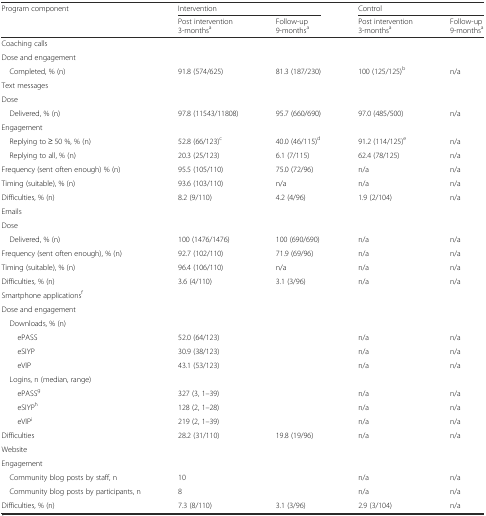
<table><thead><tr><td><b>Program component</b></td><td colspan="2"><b>Intervention</b></td><td colspan="2"><b>Control</b></td></tr><tr><td></td><td><b>Post intervention 3-months<sup>a</sup></b></td><td><b>Follow-up 9-months<sup>a</sup></b></td><td><b>Post intervention 3-months<sup>a</sup></b></td><td><b>Follow-up 9-months<sup>a</sup></b></td></tr></thead><tbody><tr><td colspan="5">Coaching calls</td></tr><tr><td colspan="5">Dose and engagement</td></tr><tr><td> Completed, % (n)</td><td>91.8 (574/625)</td><td>81.3 (187/230)</td><td>100 (125/125)<sup>b</sup></td><td>n/a</td></tr><tr><td colspan="5">Text messages</td></tr><tr><td colspan="5">Dose</td></tr><tr><td> Delivered, % (n)</td><td>97.8 (11543/11808)</td><td>95.7 (660/690)</td><td>97.0 (485/500)</td><td>n/a</td></tr><tr><td colspan="5">Engagement</td></tr><tr><td> Replying to ≥ 50 %, % (n)</td><td>52.8 (66/123)<sup>c</sup></td><td>40.0 (46/115)<sup>d</sup></td><td>91.2 (114/125)<sup>e</sup></td><td>n/a</td></tr><tr><td> Replying to all, % (n)</td><td>20.3 (25/123)</td><td>6.1 (7/115)</td><td>62.4 (78/125)</td><td>n/a</td></tr><tr><td>Frequency (sent often enough) % (n)</td><td>95.5 (105/110)</td><td>75.0 (72/96)</td><td>n/a</td><td>n/a</td></tr><tr><td>Timing (suitable), % (n)</td><td>93.6 (103/110)</td><td>n/a</td><td>n/a</td><td>n/a</td></tr><tr><td>Difficulties, % (n)</td><td>8.2 (9/110)</td><td>4.2 (4/96)</td><td>1.9 (2/104)</td><td>n/a</td></tr><tr><td colspan="5">Emails</td></tr><tr><td colspan="5">Dose</td></tr><tr><td> Delivered, % (n)</td><td>100 (1476/1476)</td><td>100 (690/690)</td><td>n/a</td><td>n/a</td></tr><tr><td>Frequency (sent often enough), % (n)</td><td>92.7 (102/110)</td><td>71.9 (69/96)</td><td>n/a</td><td>n/a</td></tr><tr><td>Timing (suitable), % (n)</td><td>96.4 (106/110)</td><td>n/a</td><td>n/a</td><td>n/a</td></tr><tr><td>Difficulties, % (n)</td><td>3.6 (4/110)</td><td>3.1 (3/96)</td><td>n/a</td><td>n/a</td></tr><tr><td colspan="5">Smartphone applications<sup>f</sup></td></tr><tr><td colspan="5">Dose and engagement</td></tr><tr><td colspan="5"> Downloads, % (n)</td></tr><tr><td>ePASS</td><td>52.0 (64/123)</td><td></td><td>n/a</td><td>n/a</td></tr><tr><td>eSIYP</td><td>30.9 (38/123)</td><td></td><td>n/a</td><td>n/a</td></tr><tr><td>eVIP</td><td>43.1 (53/123)</td><td></td><td>n/a</td><td>n/a</td></tr><tr><td colspan="5"> Logins, n (median, range)</td></tr><tr><td>ePASS<sup>g</sup></td><td>327 (3, 1–39)</td><td></td><td>n/a</td><td>n/a</td></tr><tr><td>eSIYP<sup>h</sup></td><td>128 (2, 1–28)</td><td></td><td>n/a</td><td>n/a</td></tr><tr><td>eVIP<sup>i</sup></td><td>219 (2, 1–39)</td><td></td><td>n/a</td><td>n/a</td></tr><tr><td>Difficulties</td><td>28.2 (31/110)</td><td>19.8 (19/96)</td><td>n/a</td><td>n/a</td></tr><tr><td colspan="5">Website</td></tr><tr><td colspan="5">Engagement</td></tr><tr><td> Community blog posts by staff, n</td><td>10</td><td></td><td>n/a</td><td>n/a</td></tr><tr><td> Community blog posts by participants, n</td><td>8</td><td></td><td>n/a</td><td>n/a</td></tr><tr><td>Difficulties, % (n)</td><td>7.3 (8/110)</td><td>3.1 (3/96)</td><td>2.9 (3/104)</td><td>n/a</td></tr></tbody></table>